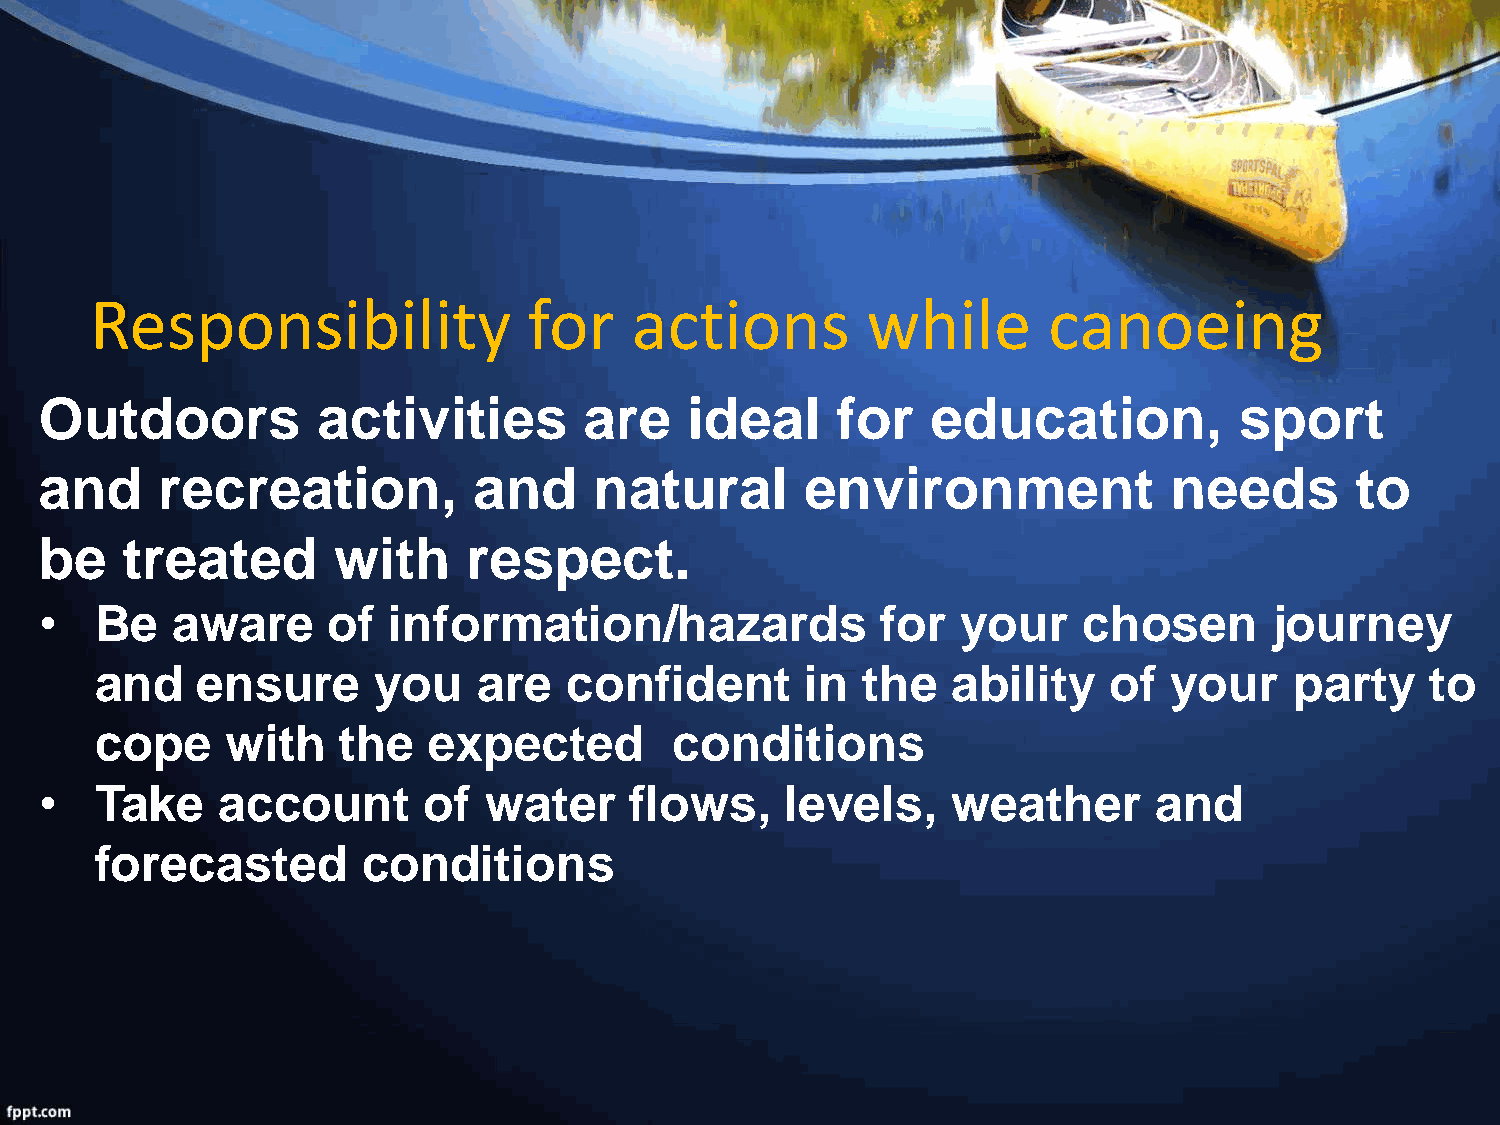
Responsibility               for    actions        while       canoeing
 Outdoors          activities        are    ideal    for    education,          sport
 and    recreation,          and     natural       environment              needs       to
 be   treated       with     respect.
 •  Be   aware      of  information/hazards             for   your    chosen      journey
 and    ensure      you    are   confident      in  the   ability    of  your    party    to
 cope     with   the   expected         conditions
 •  Take    account       of  water     flows,    levels,    weather      and
 forecasted        conditions